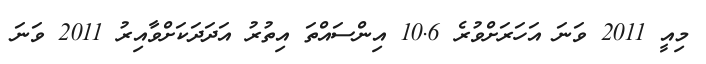
މިއީ 2011 ވަނަ އަހަރަށްވުރެ 10.6 އިންސައްތަ އިތުރު އަދަދަކަށްވާއިރު 2011 ވަނަ